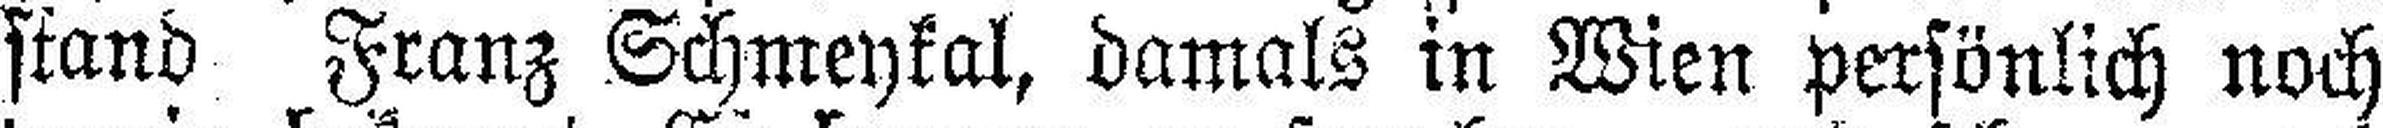
stand Franz Schmeykal, damals in Wien persönlich noch